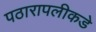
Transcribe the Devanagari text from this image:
पठारापलीकडे